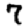
Digit: 7